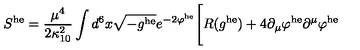
S ^ { \mathrm { h e } } = \frac { \mu ^ { 4 } } { 2 \kappa _ { 1 0 } ^ { 2 } } \int d ^ { 6 } x \sqrt { - g ^ { \mathrm { h e } } } e ^ { - 2 \varphi ^ { \mathrm { h e } } } \Bigg [ R ( g ^ { \mathrm { h e } } ) + 4 \partial _ { \mu } \varphi ^ { \mathrm { h e } } \partial ^ { \mu } \varphi ^ { \mathrm { h e } }